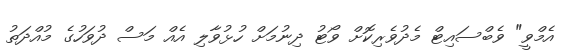
އެމްވީ" ވެބްސައިޓް މެދުވެރިކޮށް ވޯޓު ދިނުމަށް ހުޅުވާލި އެއް މަސް ދުވަހުގެ މުއްދަތު